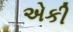
એકી